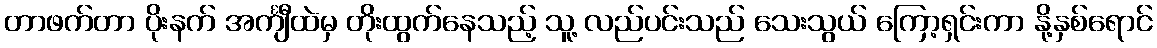
တာဖက်တာ ပိုးနက် အင်္ကျီထဲမှ တိုးထွက်နေသည့် သူ့ လည်ပင်းသည် သေးသွယ် ကြော့ရှင်းကာ နို့နှစ်ရောင်